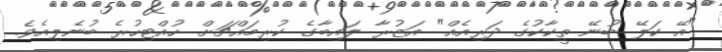
"އޭ ކަލޭ ބުނޭ ތީކާކުގެ ދަރިއެއް" އަޒުރާ ލައިބާގެ ކުރިމައްޗަށް ހުއްޓިހުރެ ބުނެލިއެވެ.